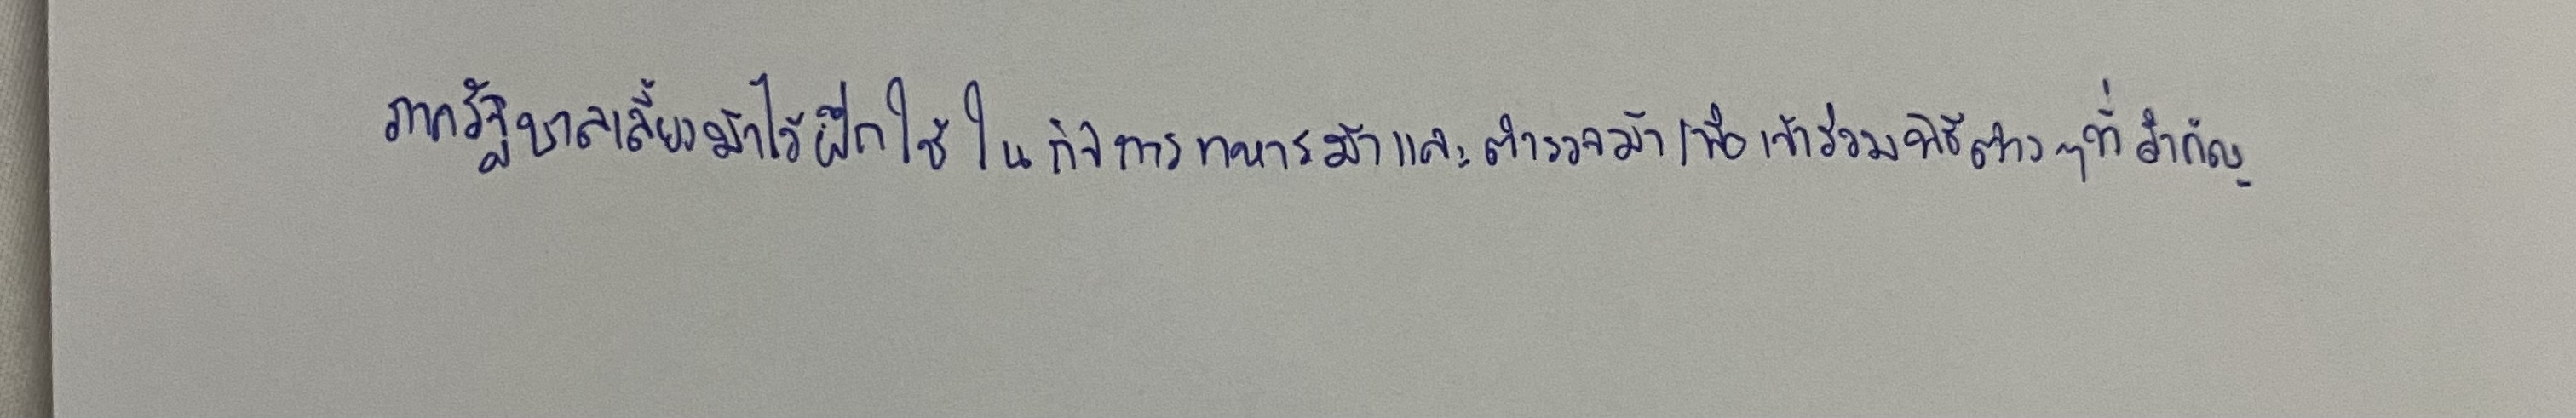
ภาครัฐบาลเลี้ยงม้าไว้ฝึกใช้ในกิจการทหารม้าและตำรวจม้าเพื่อเข้าร่วมพิธีต่างๆที่สำคัญ